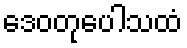
ဒေဝတုပေါသထံ